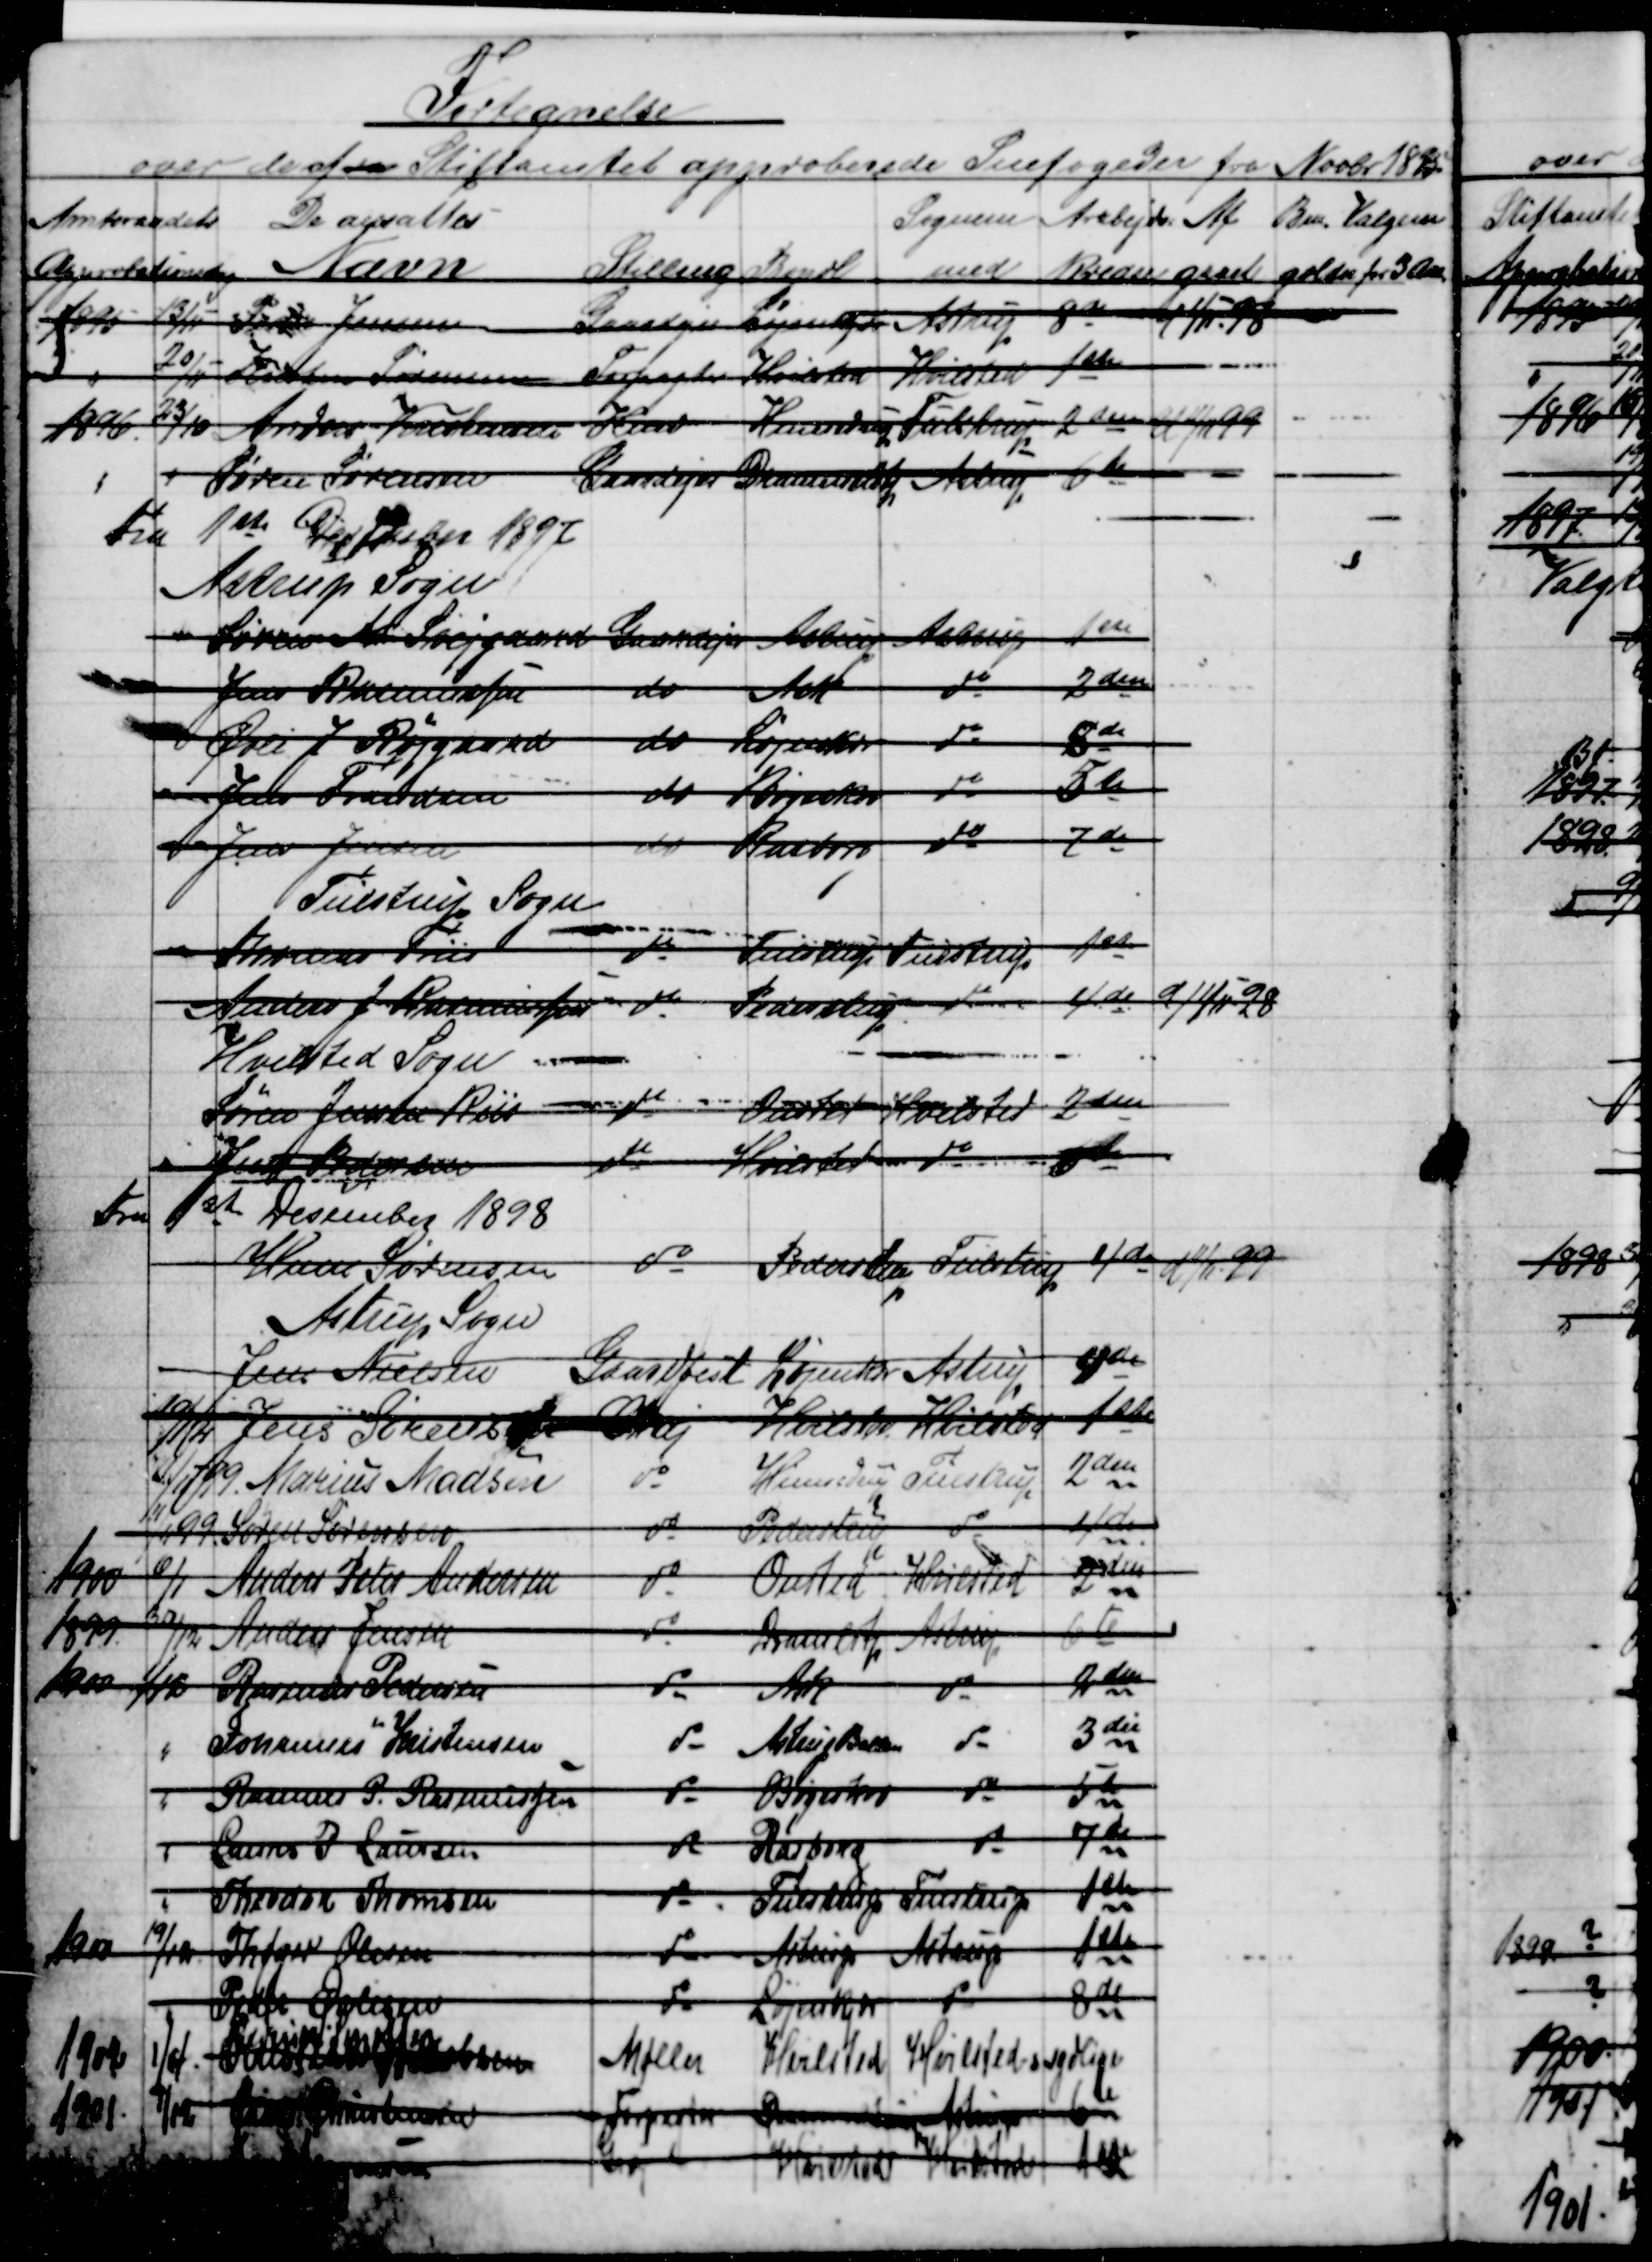
Transskription:
Fortegnelse
over de af en Stiftamtet approberede Snefogeder fra Novbr 1895.
Amtsraadets
Approbationsdag
De ansattes
Navn
Stilling
Bopæl
Sognene
med
Arbejds-   
Kredse
Af-
gaaet
Bm. Valgene
gælder for 3 Aar.
1895
13/11
Peter Jensen
Gaardejer
Løjenkjær
Astrup
8de
1/11 98
20/11
Kristen Sørensen
Forpagter
Hvilsted
Hvilsted
1ste
1896
23/10
Anders Kristensen
Hmd
Hinnedrup
Tulstrup
2den
U 11/11-99
Søren Sørensen
Gaardejer  
Drammelstrup 
Astrup
6te
Fra 1ste December 1897
Astrup Sogn
Søren M Svejgaard
Gaardejer
Astrup
Astrup
1ste
Jens Rasmussen
do
Ask
do
2den
Øvli J Røjgaard
do
Løjenkjær
do
5de
Jens Frandsen
do
Bøgeskov
do
5te
Jens Jensen
do
Rasborg
do
7de
Tulstrup Sogn
Thomas Friis
do
Tultrup
Tulstrup
1ste
Anders J. Rasmussen 
do
Pederstrup
do
4de
d 1/11-98
Hvilsted Sogn
Søren Jensen Riis 
do
Onsted
Hvilsted
2den
Jens Pedersen
do
Hvilsted
do

Fra 1ste December 1898
Hans Sørensen
do
Pederstrup
Tulstrup
4de
d 11/11-99
Astrup Sogn
Jens Nielsen
Gaardbest
Løjenkjær
Astrup
4de
10/4
Jens Sørensen
Gdrj
Hvilsted
Hvilsted
1ste
1/1-99.  Marius Madsen
do
Hinnedrup 
Tulstrup
2den
11/4-99.  Søren Sørensen
do
Pederstrup
do
4de
1900
6/1
Anders Peter Andersen
do
Onsted
Hvilsted
2den
1899.
30/12
Anders Jensen
Drammelstp
 Astrup
6te
1900
1/10
Rasmus Pedersen
do
Ask
do
2den
Johannes Kristensen
do
Astrup Ballen
do
3die
Rasmus P. Rasmussen
do
Bøgeskov
do
5te
Laurs P. Laursen
do
Rasborg
do
7de
Theodor Thomsen
do
Tulstrup
Tulstrup
1ste
1900
19/12
Thøger Olesen
do
Astrup
Astrup
1ste
Peder Øvlisen
do
Løjenkjær
do
8de
1902
1/4
Christian Jakobsen
Laurids Laustsen
Møller
Hvilsted
Hvilsted - sydlige
1901
1/12
Karl Christensen
Forpagter
Drammelstrup
Astrup
6te

Grd
Hvilsted
Hvilsted
1ste